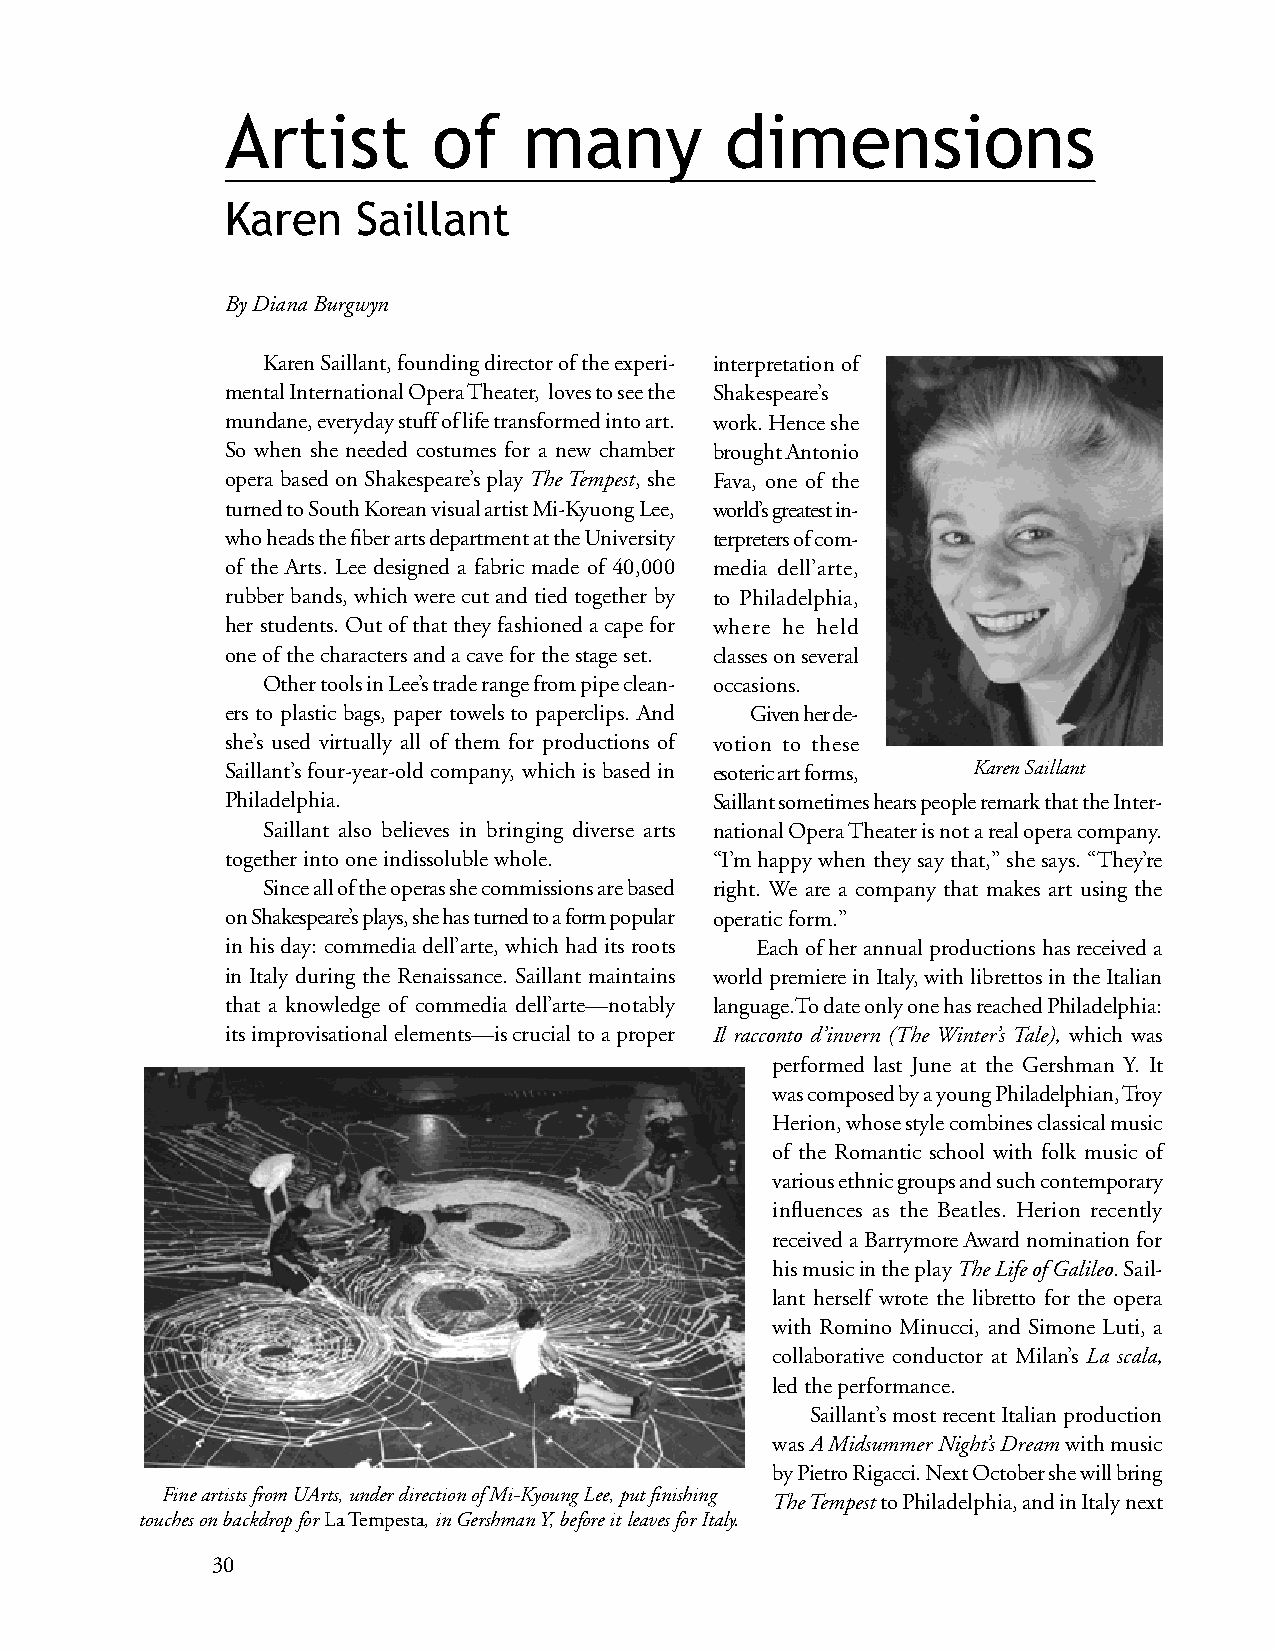
Artist        of    many         dimensions
 Karen    Saillant
 By Diana Burgwyn
 Karen Saillant, founding director of the experi- interpretation of
 mental International Opera Theater, loves to see the Shakespeare’s
 mundane, everyday stuff of life transformed into art. work. Hence she
 So when she needed costumes for a new chamber brought Antonio
 opera based on Shakespeare’s play The Tempest, she Fava, one of the
 turned to South Korean visual artist Mi-Kyuong Lee, world’s greatest in-
 who heads the fiber arts department at the University terpreters of com-
 of the Arts. Lee designed a fabric made of 40,000 media dell’arte,
 rubber bands, which were cut and tied together by to Philadelphia,
 her students. Out of that they fashioned a cape for where he held
 one of the characters and a cave for the stage set. classes on several
 Other tools in Lee’s trade range from pipe clean- occasions.
 ers to plastic bags, paper towels to paperclips. And Given her de-
 she’s used virtually all of them for productions of votion to these
 Saillant’s four-year-old company, which is based in esoteric art forms, Karen Saillant
 Philadelphia.                   Saillant sometimes hears people remark that the Inter-
 Saillant also believes in bringing diverse arts national Opera Theater is not a real opera company.
 together into one indissoluble whole. “I’m happy when they say that,” she says. “They’re
 Since all of the operas she commissions are based right. We are a company that makes art using the
 on Shakespeare’s plays, she has turned to a form popular operatic form.”
 in his day: commedia dell’arte, which had its roots Each of her annual productions has received a
 in Italy during the Renaissance. Saillant maintains world premiere in Italy, with librettos in the Italian
 that a knowledge of commedia dell’arte—notably language.To date only one has reached Philadelphia:
 its improvisational elements—is crucial to a proper Il racconto d’invern (The Winter’s Tale), which was
 performed last June at the Gershman Y. It
 was composed by a young Philadelphian, Troy
 Herion, whose style combines classical music
 of the Romantic school with folk music of
 various ethnic groups and such contemporary
 influences as the Beatles. Herion recently
 received a Barrymore Award nomination for
 his music in the play The Life of Galileo. Sail-
 lant herself wrote the libretto for the opera
 with Romino Minucci, and Simone Luti, a
 collaborative conductor at Milan’s La scala,
 led the performance.
 Saillant’s most recent Italian production
 was A Midsummer Night’s Dream with music
 by Pietro Rigacci. Next October she will bring
 Fine artists from UArts, under direction of Mi-Kyoung Lee, put finishing The Tempest to Philadelphia, and in Italy next
 touches on backdrop for La Tempesta, in Gershman Y, before it leaves for Italy.
 30